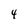
Character: 4